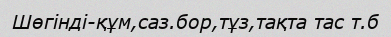
Шөгінді-құм,саз.бор,тұз,тақта тас т.б